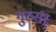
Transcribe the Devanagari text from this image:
गुरुसर्